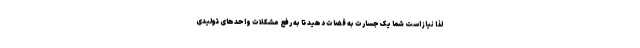
لذا نیاز است شما یک جسارت به قضات دهید تا به رفع مشکلات واحدهای تولیدی